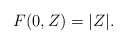
\begin{align*}F(0,Z)=|Z|.\end{align*}